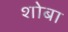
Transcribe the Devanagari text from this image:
शोबा